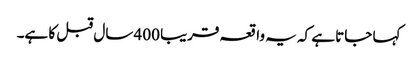
کہا جاتا ہے کہ یہ واقعہ قریبا 400 سال قبل کا ہے۔